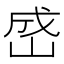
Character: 𪨯